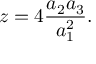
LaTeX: z = 4 \frac { a _ { 2 } a _ { 3 } } { a _ { 1 } ^ { 2 } } .